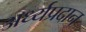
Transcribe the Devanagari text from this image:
अर्ध्यप्रदान